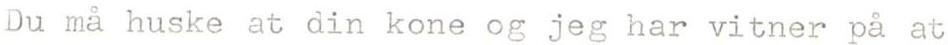
Du må huske at din kone og jeg har vitner på at